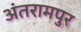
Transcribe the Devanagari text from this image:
अंतरामपुर